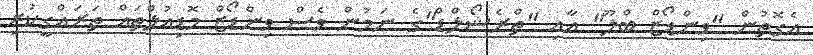
އެގޮތުން "ވިންޑޯޒް ބްލޫ" އާއި "ތްރެޝޯލްޑް"ގެ ނަމުން ވެސް ވިންޑޯޒް މޮޑިއުލްތައް ތަރައްގީކުރި